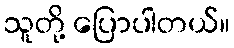
သူတို့ ပြောပါတယ်။